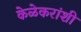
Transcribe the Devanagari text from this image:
केळेकरांशी